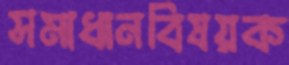
সমাধানবিষয়ক